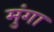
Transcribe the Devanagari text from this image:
मुंगा